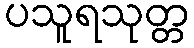
ပသူရသုတ္တ